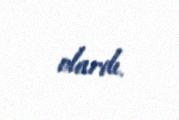
olardı.